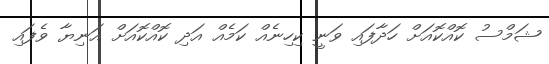
ޝަމްސު ކޮއްކޮއަށް ހަދާފައި ވަނީ ކިހިނެއް ކަމެއް އަދި ކޮއްކޮއަށް އަނިޔާ ވެފައި